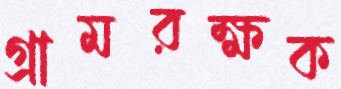
গ্রামরক্ষক